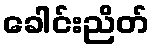
ခေါင်းညိတ်